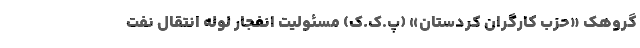
گروهک «حزب کارگران کردستان» (پ.ک.ک) مسئولیت انفجار لوله انتقال نفت